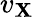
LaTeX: v_{\mathbf{X}}